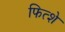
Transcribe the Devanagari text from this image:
फित्शे